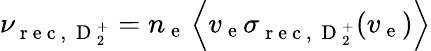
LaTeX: \nu_{\mathrm{~r~e~c~,~}\mathrm{~D~}_{2}^{+}}=n_{\mathrm{~e~}}\left\langle v_{\mathrm{~e~}}\sigma_{\mathrm{~r~e~c~,~}\mathrm{~D~}_{2}^{+}}(v_{\mathrm{~e~}})\right\rangle